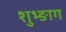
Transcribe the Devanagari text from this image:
शुभ्ङाग